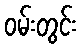
ဝမ်းတွင်း